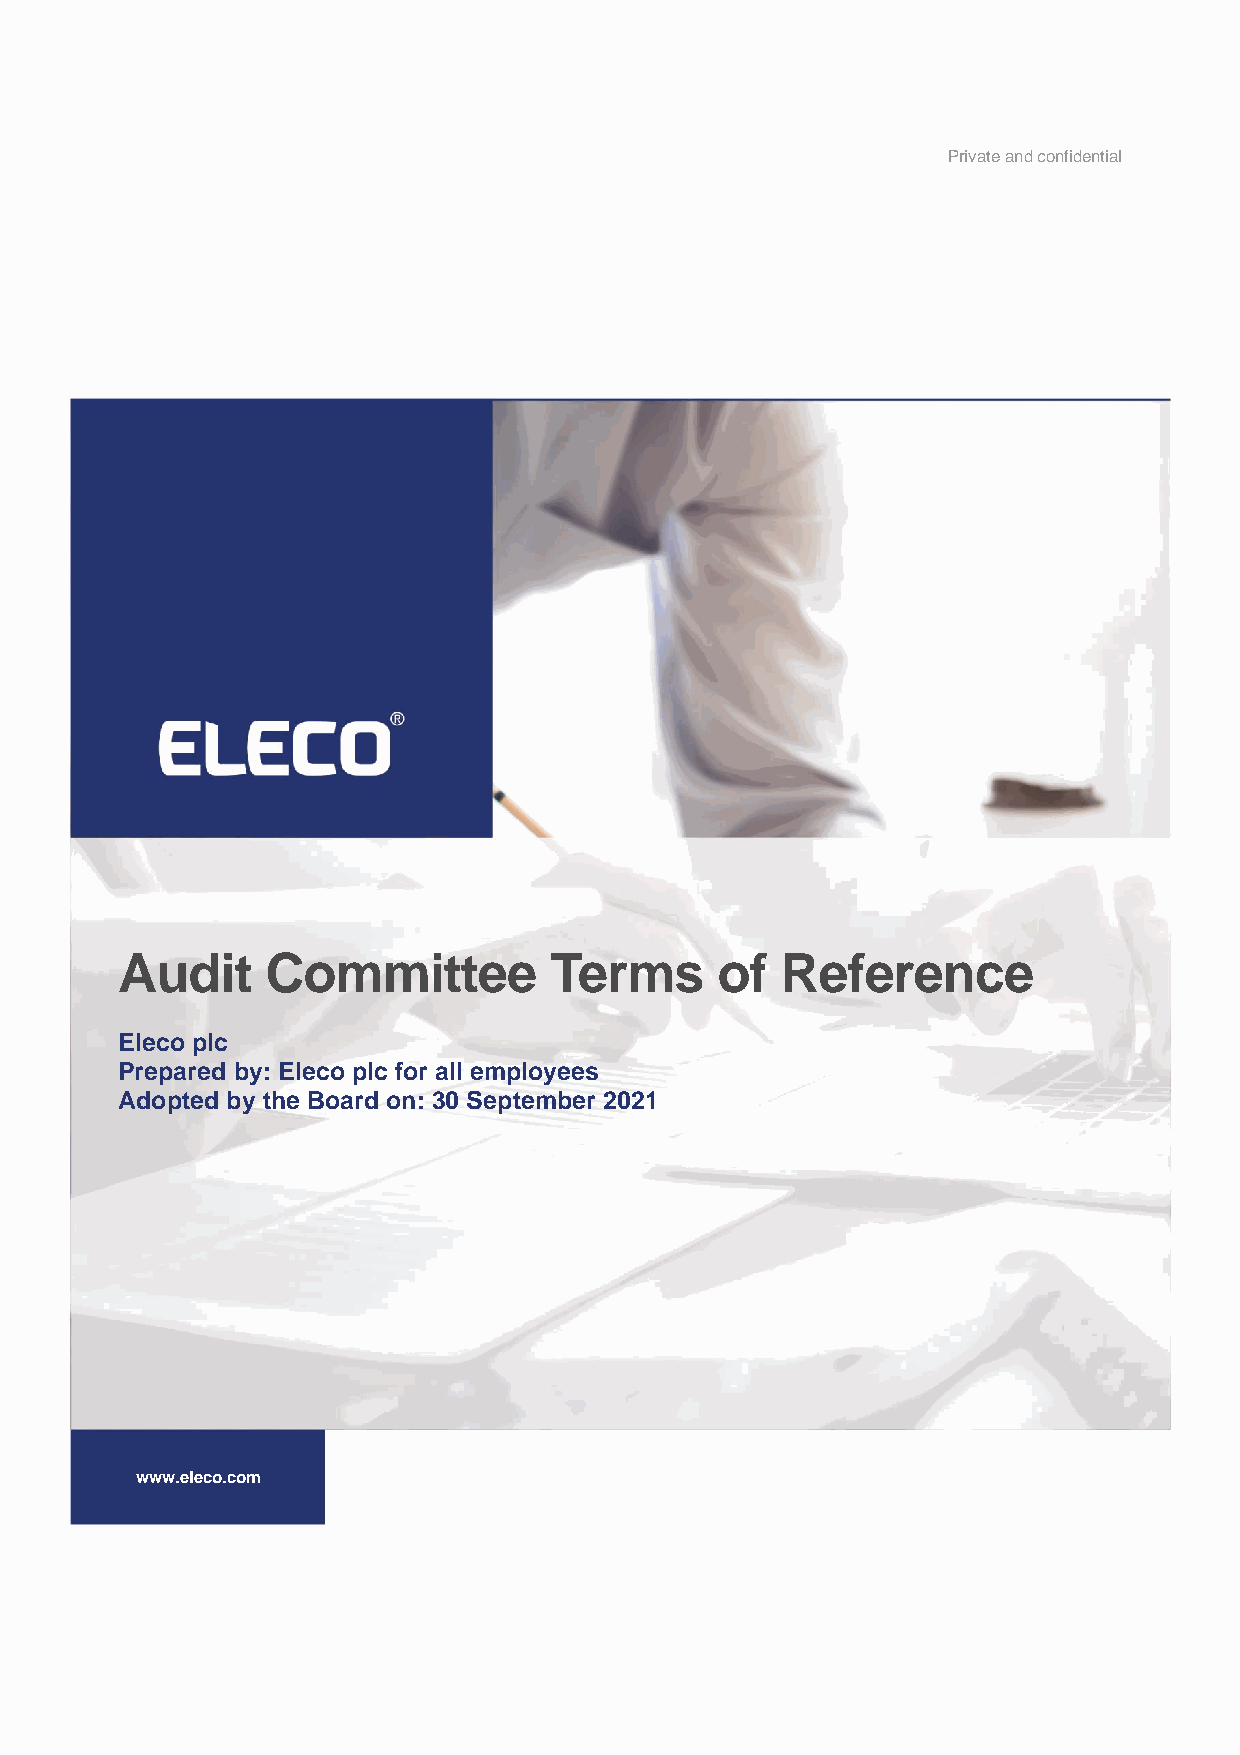
Private and confidential
 www.eleco.com
 Audit     Committee         Terms      of   Reference
 Eleco plc
 Prepared by: Eleco plc for all employees
 Adopted by the Board on: 30 September 2021
 www.eleco.com